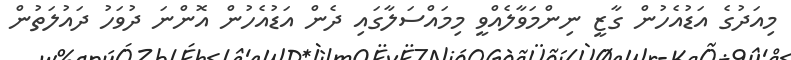
މިއަދުގެ އަޑުއެހުން ގާޒީ ނިންމަވާލެއްވީ މިމައްސަލާގައި ދެން އަޑުއެހުން އޮންނަ ދުވަހު ދައުލަތުން